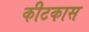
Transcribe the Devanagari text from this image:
कीटकास